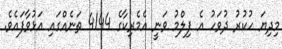
މިދިޔަ ހުކުރު ދުވަހު އެ ފިލްމު ވަނީ އެމެރިކާގެ 4144 ތަނެއްގައި އަޅުވާފައެވެ.